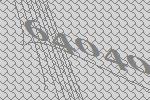
64040